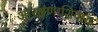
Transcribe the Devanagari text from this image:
आरक्षणाशिवाय